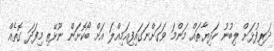
ދަރިފުޅަށް ލިބުނު ހަދިޔާތައް މަންމަ ވަގަށްނަގައިފިއަމިއްލަ އަށް ބޯކޮށަން ނޫޅޭތި މިފަދަ ގޮތެއް